Calcutta medical institutions reports 1871-78
Year: 1871
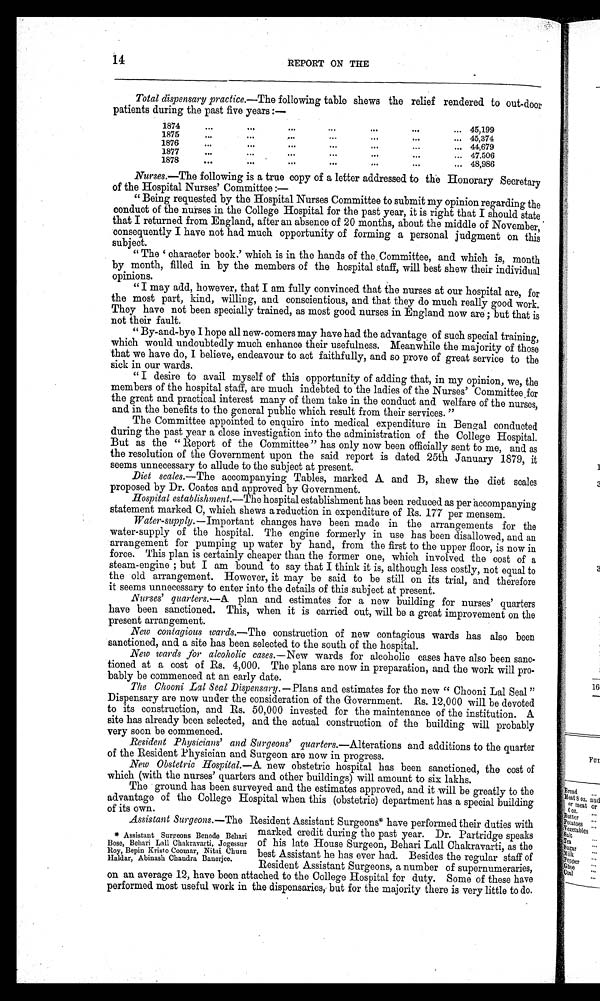
14
REPORT ON THE
Total dispensary practice.— The following table shews the relief rendered to out-door
patients during the past five years :—
1874
45,199
1875
45,374
1 8 7 6
44,679
1 8 7 7
47.506
1 8 7 8
48,986
Nurses.—The following is a true copy of a letter addressed to the Honorary Secretary
of the Hospital Nurses' Committee :
—
" Being requested by the Hospital Nurses Committee to submit my opinion regarding the
conduct of the nurses in the College Hospital for the past year, it is right that I should state
that I returned from England, after an absence of 20 months, about the middle of November,
consequently I have not had much opportunity of forming a personal judgment on this
subject.
" The 'character book.' which is in the hands of the Committee, and which is, month
by month, filled in by the members of the hospital staff, will best shew their individual
opinions.
"I may add, however, that I am fully convinced that the nurses at our hospital are, for
the most part, kind, willing, and conscientious, and that they do much really good work.
They have not been specially trained, as most good nurses in England now are; but that is
not their fault.
"By-and-bye I hope all new-comers may have had the advantage of such special training,
which would undoubtedly much enhance their usefulness. Meanwhile the majority of those
that we have do, I believe, endeavour to act faithfully, and so prove of great service to the
sick in our wards.
"I desire to avail myself of this opportunity of adding that, in my opinion, we, the
members of the hospital staff, are much indebted to the ladies of the Nurses' Committee for
the great and practical interest many of them take in the conduct and welfare of the nurses,
and in the benefits to the general public which result from their services."
The Committee appointed to enquire into medical expenditure in Bengal conducted
during the past year a close investigation into the administration of the College Hospital.
But as the "Report of the Committee" has only now been officially sent to me, and as
the resolution of the Government upon the said report is dated 25th January 1879, it
seems unnecessary to allude to the subject at present.
Diet scales.— The accompanying Tables, marked A. and B, shew the diet scales
proposed by Dr. Coates and approved by Government.
Hospital establishment.— The hospital establishment has been reduced as per accompanying
statement marked C, which shews a reduction in expenditure of Rs. 177 per mensem.
Water-supply.— Important changes have been made in the arrangements for the
water-supply of the hospital. The engine formerly in use has been disallowed, and an
arrangement for pumping up water by hand, from the first to the upper floor, is now in
force. This plan is certainly cheaper than the former one, which involved the cost of a
steam-engine; but I am bound to say that I think it is, although less costly, not equal to
the old arrangement. However, it may be said to be still on its trial, and therefore
it seems unnecessary to enter into the details of this subject at present.
Nurses' quarters.--A plan and estimates for a new building for nurses' quarters
have been sanctioned. This, when it is carried out, will be a great improvement on the
present arrangement.
New contagious wards.— The construction of new contagious wards has also been
sanctioned, and a site has been selected to the south of the hospital.
New wards for alcoholic cases.— New wards for alcoholic cases have also been sanc-
tioned at a cost of Rs. 4,000. The plans are now in preparation, and the work will pro-
bably be commenced at an early date.
The Chooni Lal Seal Dispensary.— Plans and estimates for the new "Chooni Lal Seal"
Dispensary are now under the consideration of the Government. Rs. 12,000 will be devoted
to its construction, and Rs. 50,000 invested for the maintenance of the institution. A
site has already been selected, and the actual construction of the building will probably
very soon be commenced.
Resident Physicians' and Surgeons' quarters.—Alterations and additions to the quarter
of the Resident Physician and Surgeon are now in progress.
New Obstetric Hospital.— A new obstetric hospital has been sanctioned, the cost of
which (with the nurses' quarters and other buildings) will amount to six lakhs.
The ground has been surveyed and the estimates approved, and it will be greatly to the
advantage of the College Hospital when this (obstetric) department has a special building
of its own.
_Assistant Suraeons.— The Resident Assistant Surgeons* have performed their duties with
* Assistant Surgeons Benode Behari
Bose, Behari Lall Chakravarti, Jogessur
Roy, Bepin Kristo Coomar, Nitai Churn
Haldar, Abinash Chandra Banerjee.
marked credit during the past year. Dr. Partridge speaks
of his late House Surgeon, Behari Lall Chakravarti, as the
best Assistant he has ever had. Besides the regular staff of
Resident Assistant Surgeons, a number of supernumeraries,
on an average 12, have been attached. to the College hospital tor duty. some of these have
performed most useful work in the dispensaries, but for the majority there is very little to do.